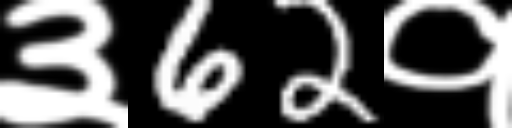
Text: ३62१